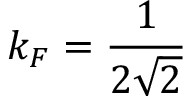
k _ { F } = \frac { 1 } { 2 \sqrt 2 }